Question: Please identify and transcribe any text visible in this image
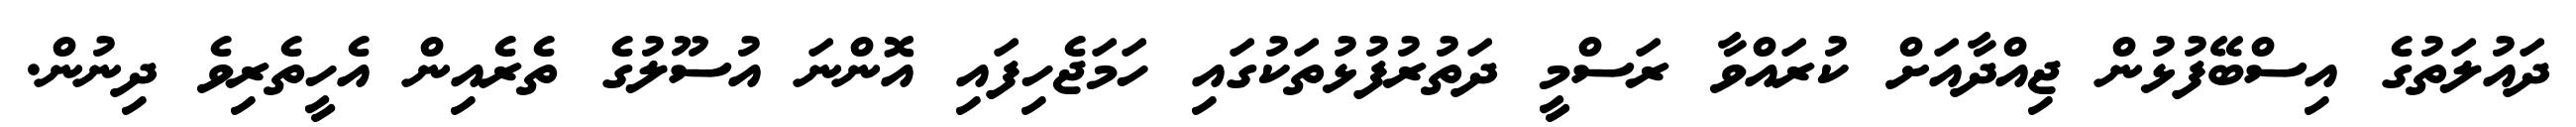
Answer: ދައުލަތުގެ އިސްބޭފުޅުން ޖިއްދާއަށް ކުރައްވާ ރަސްމީ ދަތުރުފުޅުތަކުގައި ހަމަޖެހިފައި އޮންނަ އުސޫލުގެ ތެރެއިން އެހީތެރިވެ ދިނުން.